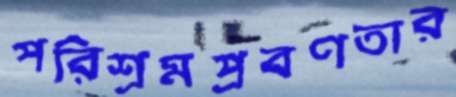
পরিশ্রমপ্রবণতার